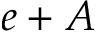
e + A